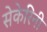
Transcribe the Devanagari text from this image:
सेकेरिनी